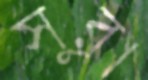
সুরা